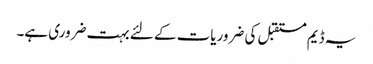
یہ ڈیم مستقبل کی ضروریات کے لئے بہت ضروری ہے۔